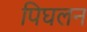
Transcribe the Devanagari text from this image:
पिघलन